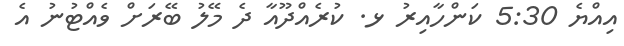
އިއްޔެ 5:30 ކަންހާއިރު ޅ. ކުރެއްދޫއާ ދެ މޭލު ބޭރަށް ވެއްޓުނު އެ